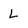
Character: L